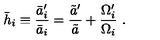
\bar { h } _ { i } \equiv { \frac { \bar { a } _ { i } ^ { \prime } } { \bar { a } _ { i } } } = { \frac { \tilde { a } ^ { \prime } } { \tilde { a } } } + { \frac { \Omega _ { i } ^ { \prime } } { \Omega _ { i } } } \ .